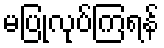
မပြုလုပ်ကြရန်